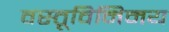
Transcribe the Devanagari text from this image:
वस्तूविनिमय